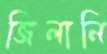
জিলানি